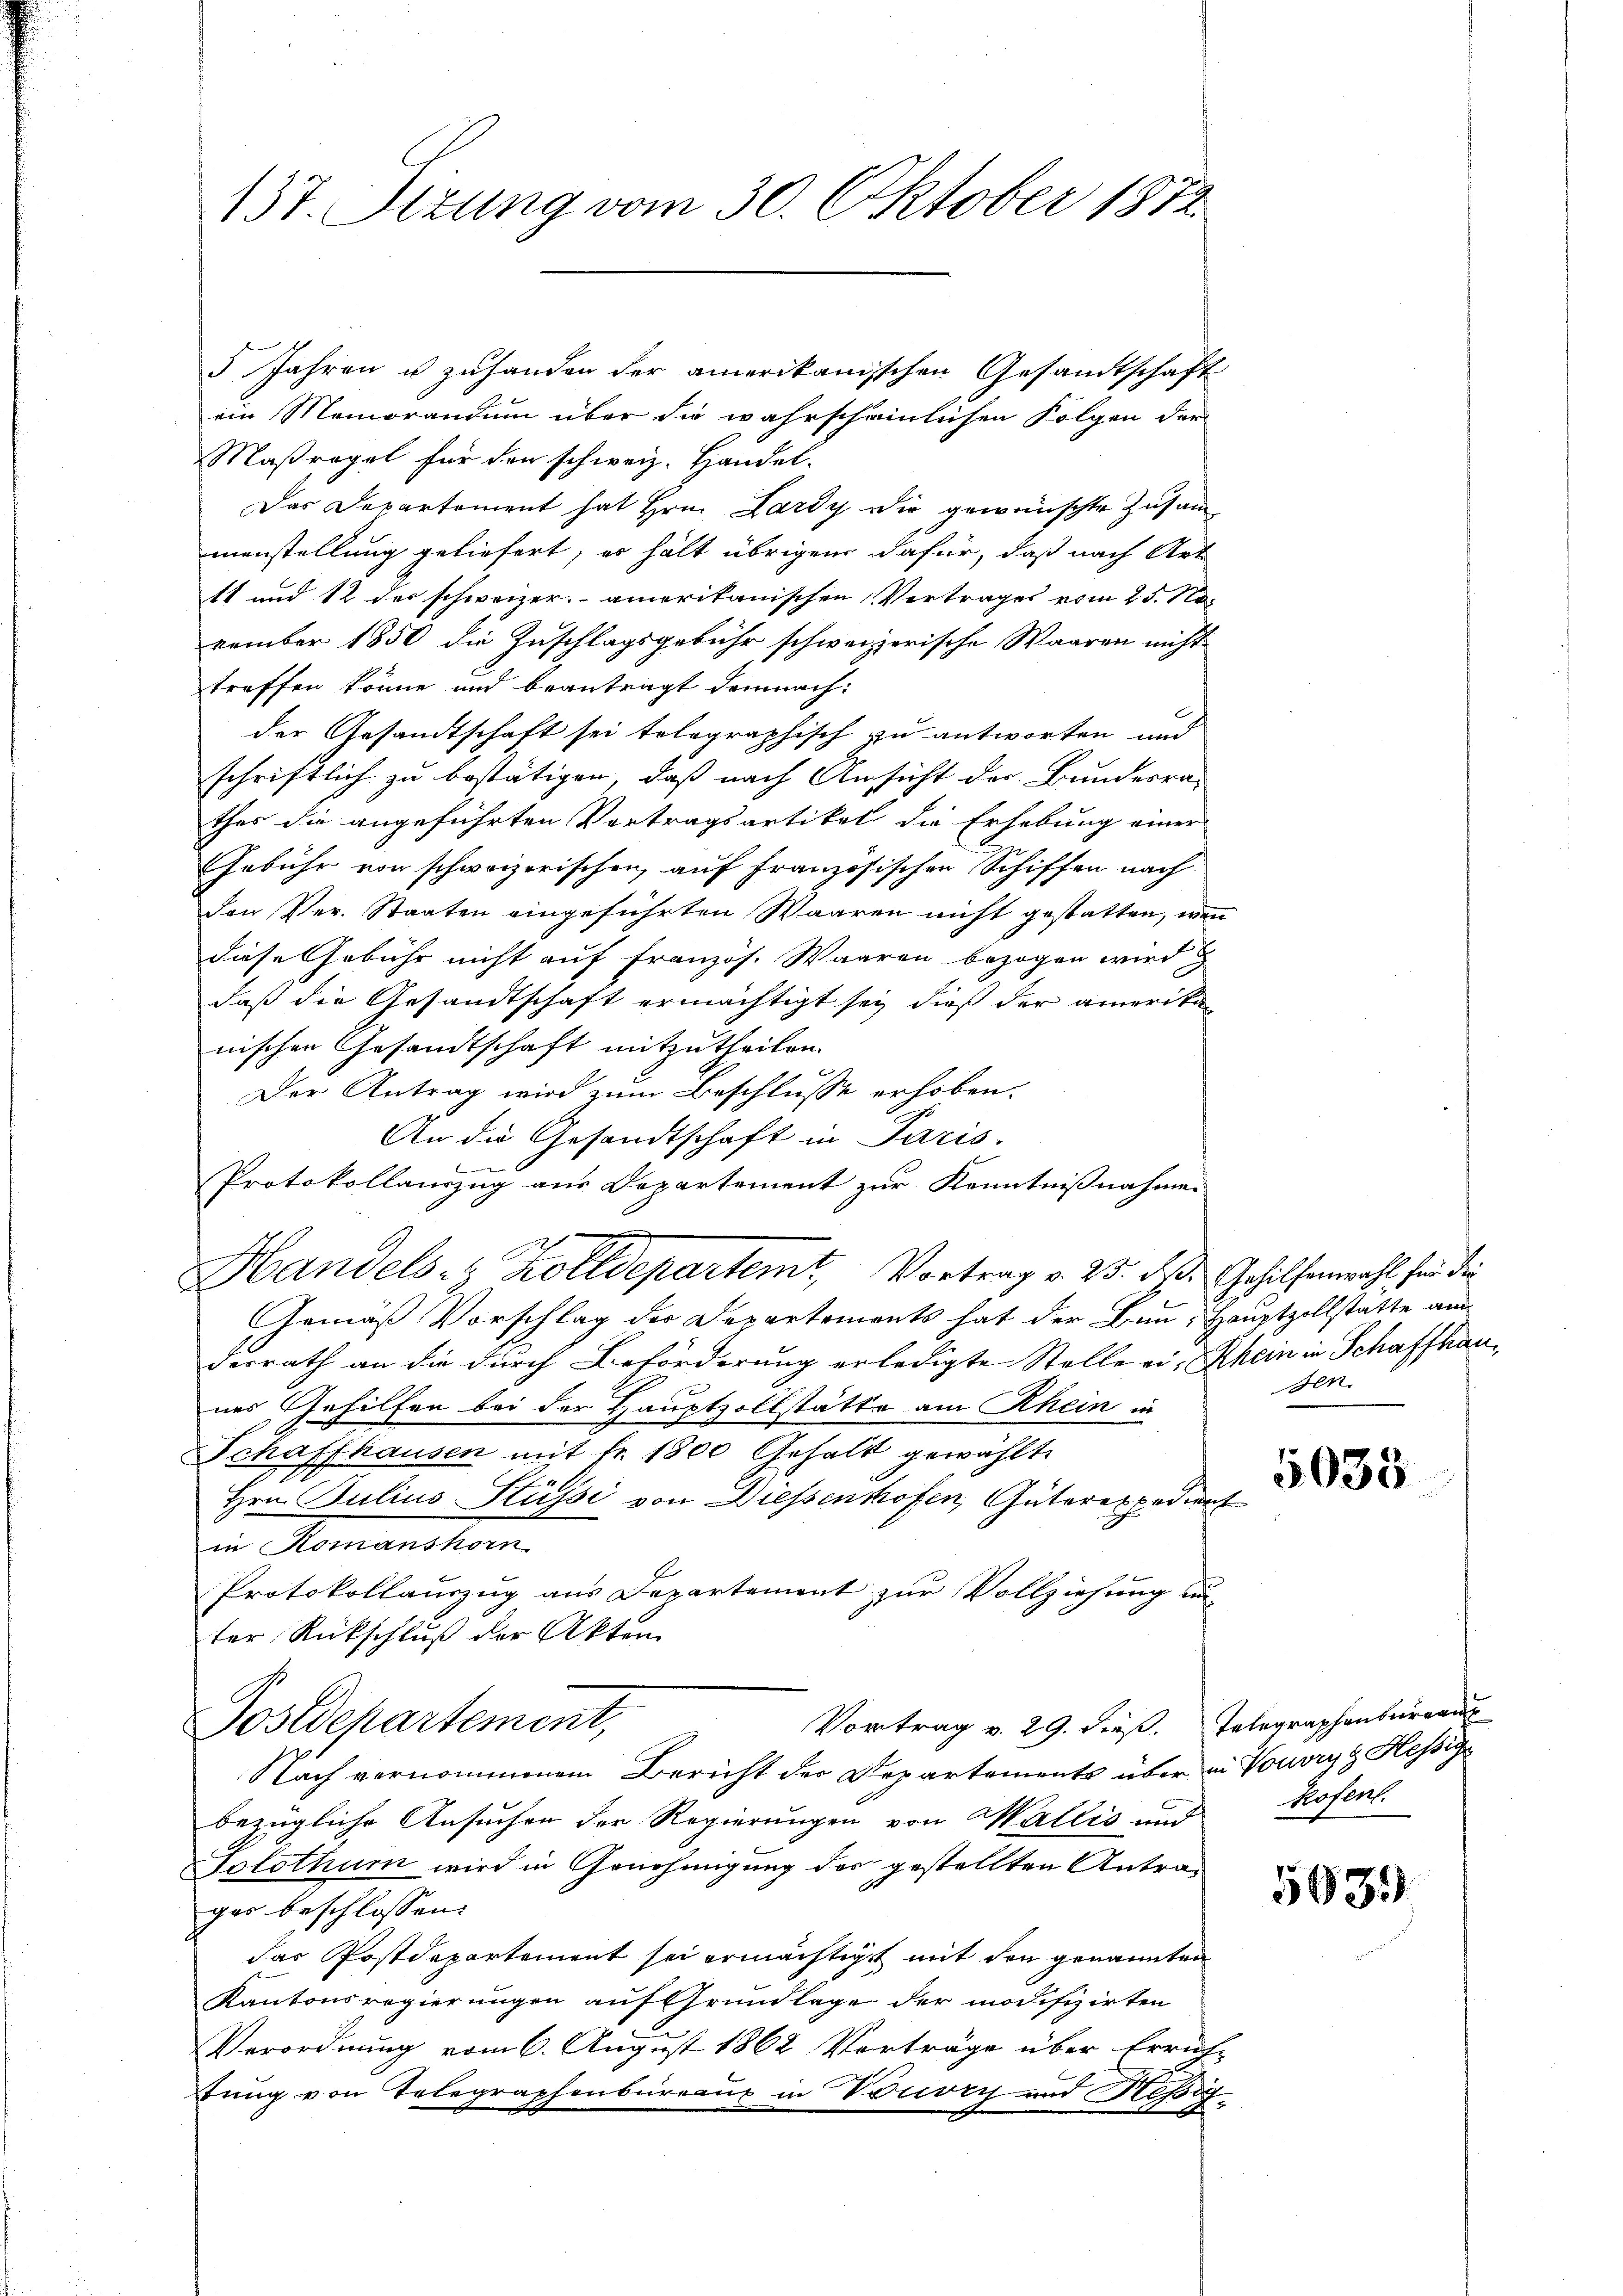
137. Sizung vom 30. Oktober 1872

5 Jahren u zuhanden der amerikanischen Gesandtschaft
ein Memorandum über die wahrscheinlichen Folgen der
Maßregel für den schweiz. Handel-
Das Departement hat Hrn. Lardy die gewünschte Zusammanstellung geliefert, es hält übrigen dafür, daß nach Art
tt und 12 der schweizer. amerikanischen Vertrages vom 25. November 1850 die Zuschlagsgebühr schweizerische Waaren nicht
treffen könne und beantragt demnachder Gesandtschaft sei tolographisch zu antworten und
schriftlich zu bestätigen, daß nach Ansicht der Bundesra-
thes die angeführten Vertragsartikel die Erhebung einer
Gebühr von schweizerischen auf französischen Schiffen nach
den Ver. Staaten eingeführten Waaren nicht gestatten, wenn
diese Gebühr nicht auf französ. Waaren bezogen wird
daß die Gesandtschaft ermächtigt sey, dieß der amerikan
nischen Gesandtschaft mitzutheilen.
Der Antrag wird zum Beschlusse erhoben.
An die Gesandtschaft in Paris.
d
Protokollauszug aus Departement zur Kenntnißnahmen
Handels- & Zolldepartemt, Vortrag v. 25. ds. Gehilfenwahl für die
Gemäß Vorschlag der Departements hat der Bun- Hauptzollstatte am
derrath an die durch Beförderung erledigte Stelle ein Rhein in Schaffhaunes Gehilfen bei der Hauptzollstätte am Rhein in
Schaffhausen mit Fr. 1800 Gehalt gewählte
Hrn. Julius Hüssi von Diessenhofen, Güterexpedient
in Komanshorn
Protokollauszug aus Departement zur Vollziehung un-
ter Rückschluß der Akten
Vortrag v. 29. dieß. Integraphenburgau
Postdepartement,
Nach vernommenem Bericht der Departements über in Vouvryt Hessig
bezügliche Ansuchen der Regierungen von Wallis und
Tolothur wird in Genehmigung des gestellten Antra¬
1
gas beschlossen:
das Postdepartement sei ermächtigt mit den genannten
Kantonsregierungen auf Grundlage der modifizirten
Verordnung vom 6. August 1862 Vorträge über Errich-
1
bung von Telegraphenbureaux in Vouvry und Resig

sen

5033

Rosent.

5039